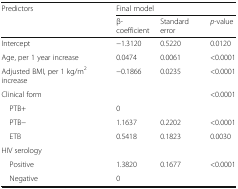
<table><thead><tr><td rowspan="2"><b>Predictors</b></td><td colspan="3"><b>Final model</b></td></tr><tr><td><b>β-coefficient</b></td><td><b>Standard error</b></td><td><b><i>p</i>-value</b></td></tr></thead><tbody><tr><td>Intercept</td><td>−1.3120</td><td>0.5220</td><td>0.0120</td></tr><tr><td>Age, per 1 year increase</td><td>0.0474</td><td>0.0061</td><td>&lt;0.0001</td></tr><tr><td>Adjusted BMI, per 1 kg/m<sup>2</sup> increase</td><td>−0.1866</td><td>0.0235</td><td>&lt;0.0001</td></tr><tr><td>Clinical form</td><td></td><td></td><td>&lt;0.0001</td></tr><tr><td> PTB+</td><td>0</td><td></td><td></td></tr><tr><td> PTB−</td><td>1.1637</td><td>0.2202</td><td>&lt;0.0001</td></tr><tr><td> ETB</td><td>0.5418</td><td>0.1823</td><td>0.0030</td></tr><tr><td>HIV serology</td><td></td><td></td><td></td></tr><tr><td> Positive</td><td>1.3820</td><td>0.1677</td><td>&lt;0.0001</td></tr><tr><td> Negative</td><td>0</td><td></td><td></td></tr></tbody></table>